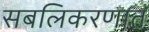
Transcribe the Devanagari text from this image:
सबलिकरणात